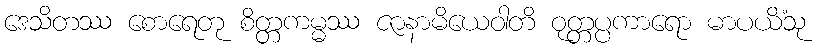
ဒေသိတဿ စောရေတု စိတ္တကမ္မဿ ဇာနာမိယေဝါတိ ဝုတ္တပ္ပကာရော မာပယိံသု